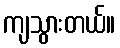
ကျသွားတယ်။